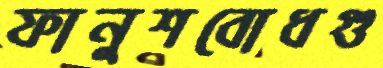
ফানুশবোধগু